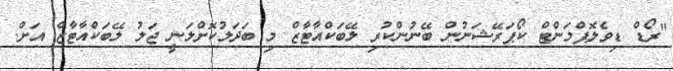
"ރޯޑް ޑިވެލޮޕްމަންޓް ކޯޕަރޭޝަނުން ބޭނުންކުރި ލޭބަކްއާޓާޒް މި ބަދަލުކޮށްލަނީ ޖަލު ލޭބަކްއާޓާޒް އަށް.